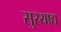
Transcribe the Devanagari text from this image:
सुरयाद्य